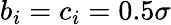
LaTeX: b_{i}=c_{i}=0.5\sigma